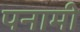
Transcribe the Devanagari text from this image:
पनामी